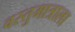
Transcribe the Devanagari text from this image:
वस्तुमात्राला